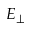
E _ { \perp }